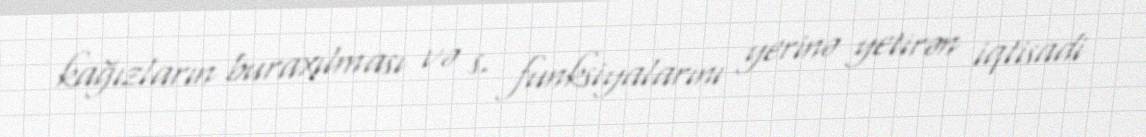
kağızların buraxılması və s. funksiyalarını yerinə yetirən iqtisadi